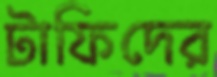
টাফিদের